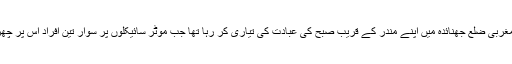
پینتالیس سالہ شیام آنندہ داس جنوب مغربی ضلع جھنائدہ میں اپنے مندر کے قریب صبح کی عبادت کی تیاری کر رہا تھا جب موٹر سائیکلوں پر سوار تین افراد اس پر چھروں سے وار کر کے فرار ہو گئے۔